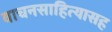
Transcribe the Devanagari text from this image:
वाचनसाहित्यासह